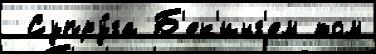
 Супру́га Б'ек'инг'ем том